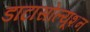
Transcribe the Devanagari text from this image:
डाटासोल्यूशन